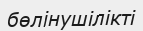
бөлінушілікті